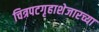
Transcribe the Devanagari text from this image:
चित्रपटगृहाशेजारच्या